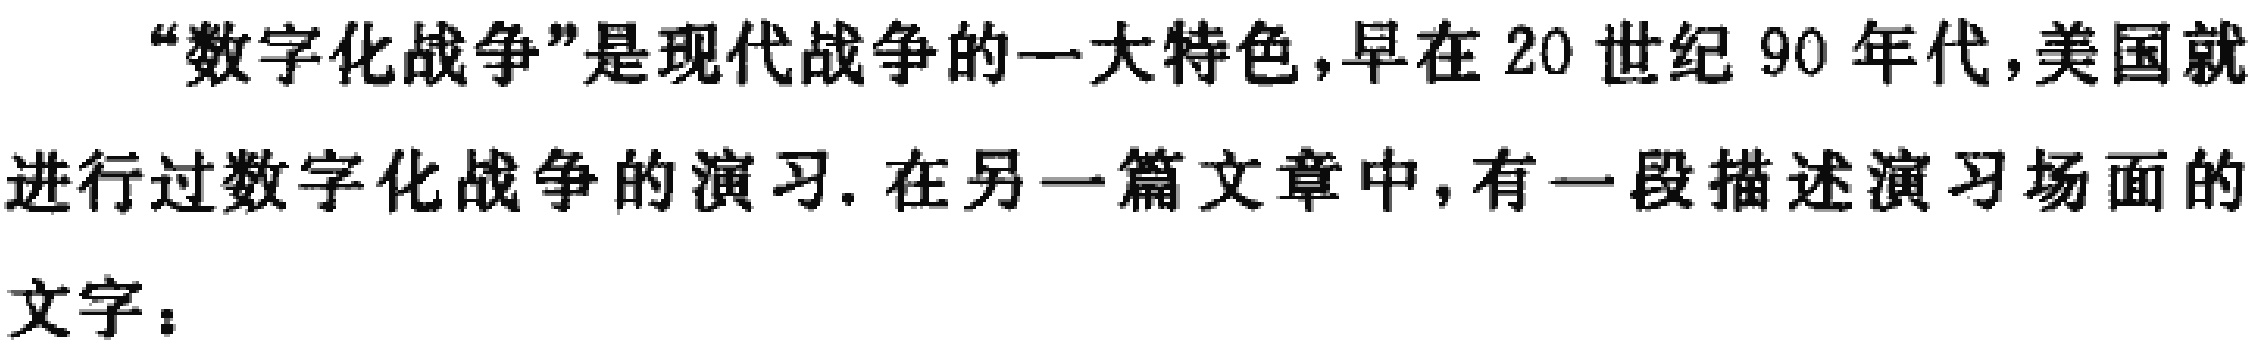
“数字化战争”是现代战争的一大特色,早在 20 世纪 90 年代,美国就进行过数字化战争的演习. 在另一篇文章中,有一段描述演习场面的文字：